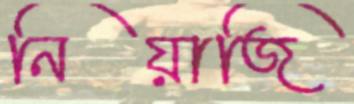
নিয়াজি